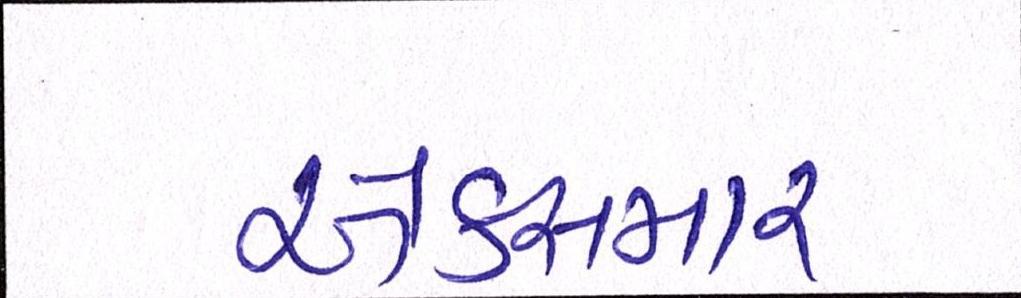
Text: એક્સમાર